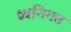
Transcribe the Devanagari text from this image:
ध्वनिगत